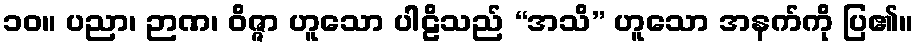
၁၀။ ပညာ၊ ဉာဏ၊ ဝိဇ္ဇာ ဟူသော ပါဠိသည် “အသိ” ဟူသော အနက်ကို ပြ၏။